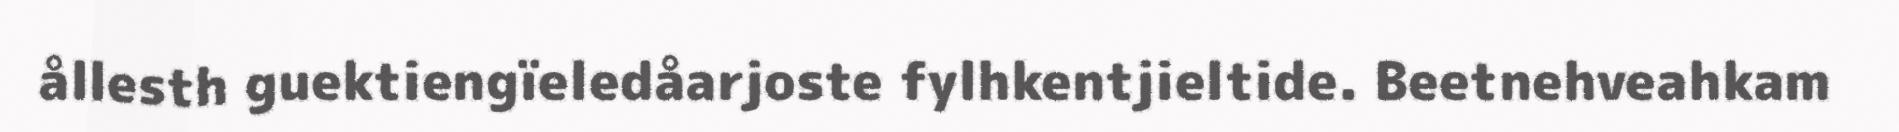
ållesth guektiengïeledåarjoste fylhkentjieltide. Beetnehveahkam